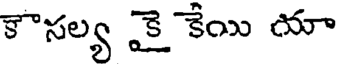
కౌసల్య కై కేయి యా